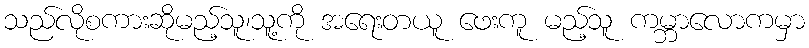
သည်လိုစကားဆိုမည့်သူ၊သူ့ကို အရေးတယူ ဖေးကူ မည့်သူ ကမ္ဘာလောကမှာ